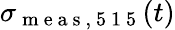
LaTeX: \sigma_{\mathrm{~m~e~a~s~,~5~1~5~}}(t)